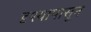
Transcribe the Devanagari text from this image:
दृश्यापासून